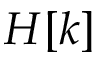
H [ k ]